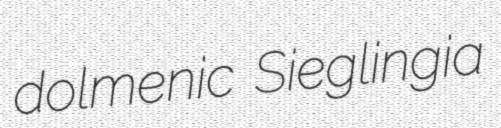
dolmenic Sieglingia